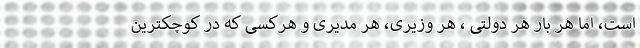
است، اما هر بار هر دولتی ، هر وزیری، هر مدیری و هرکسی که در کوچکترین